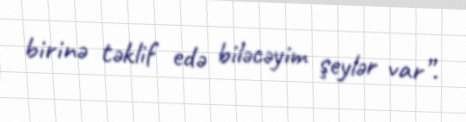
birinə təklif edə biləcəyim şeylər var”.